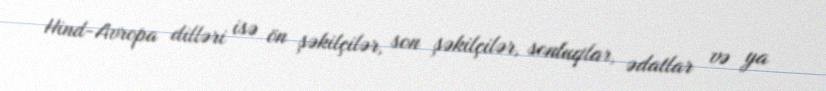
Hind-Avropa dilləri isə ön şəkilçilər, son şəkilçilər, sonluqlar, ədatlar və ya